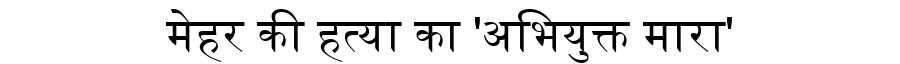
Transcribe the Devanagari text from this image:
मेहर की हत्या का 'अभियुक्त मारा'